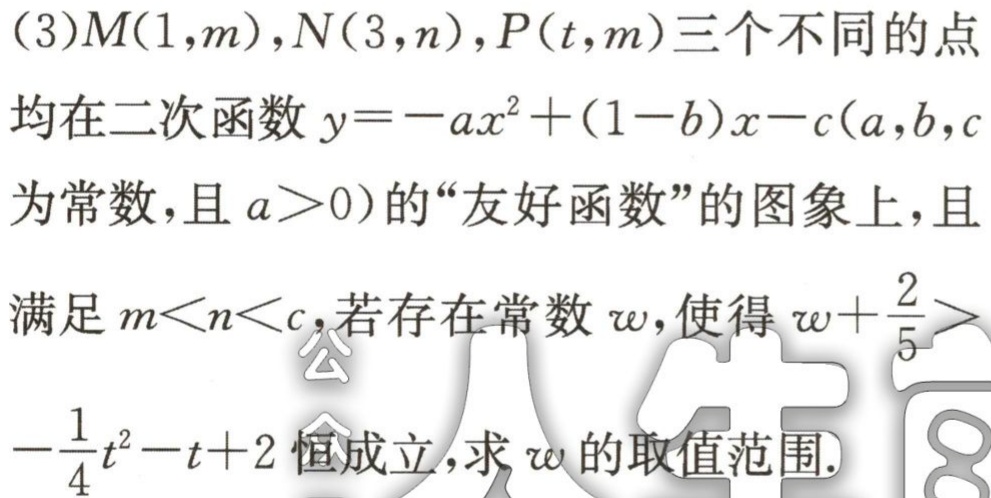
(3)$M(1,m),N(3,n),P(t,m)$三个不同的点

均在二次函数$y = -ax^{2}+(1 - b)x - c(a,b,c$

为常数，且$a>0)$的“友好函数”的图象上，且

满足$m < n < c$，若存在常数$w$，使得$w+\frac{2}{5}>$

$-\frac{1}{4}t^{2}-t + 2$恒成立，求$w$的取值范围.